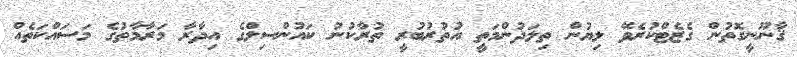
ޤާނޫނީގޮތުން ގެޒެޓްކުރެވޭ ލިޔުން ތިލަދުންމަތީ އުތުރުބުރީ ތުރާކުނު ކައުންސިލްގެ އިދާރާ މަރާމާތުގެ މަސައްކަތެއް